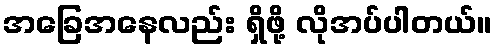
အခြေအနေလည်း ရှိဖို့ လိုအပ်ပါတယ်။